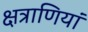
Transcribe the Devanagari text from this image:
क्षत्राणियां